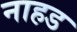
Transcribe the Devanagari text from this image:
नाहड